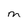
Character: M